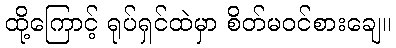
ထို့ကြောင့် ရုပ်ရှင်ထဲမှာ စိတ်မဝင်စားချေ။